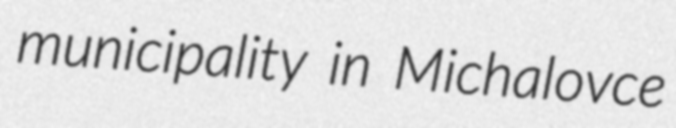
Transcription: municipality in Michalovce